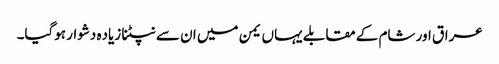
عراق اور شام کے مقابلے یہاں یمن میں ان سے نپٹنا زیاده دشوار ہوگیا۔